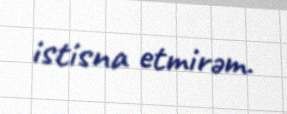
istisna etmirəm.